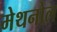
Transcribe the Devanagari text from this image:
मेथनोल